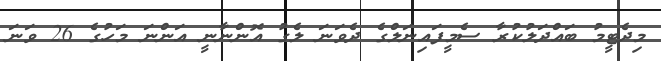
މިދެޓީމު ބައްދަލުކުރާ ސެމީފައިނަލްގެ ދެވަނަ ލެގު އޮންނާނީ އަންނަ މަހުގެ 26 ވަނަ